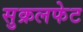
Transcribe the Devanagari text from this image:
सुक्रलफेट